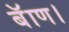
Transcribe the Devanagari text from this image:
बॅाण।